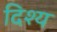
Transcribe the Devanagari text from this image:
दिश्य